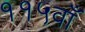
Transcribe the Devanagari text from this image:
११५वाँ